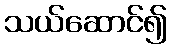
သယ်ဆောင်၍